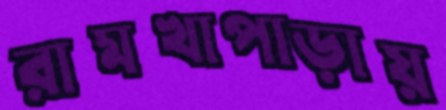
রামখাপাড়ায়